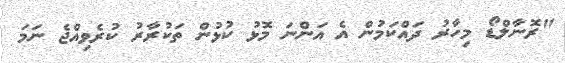
"ރޮނާލްޑޯ މިހާރު ދައްކަމުން އެ އަންނަ މޮޅު ކުޅުން ތަކުރާރު ކުރެވިއްޖެ ނަމަ